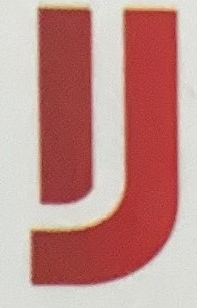
لا